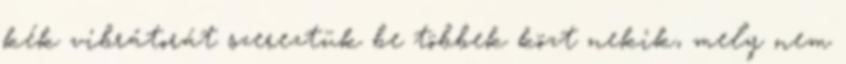
kék vibrátorát szereztük be többek közt nekik, mely nem